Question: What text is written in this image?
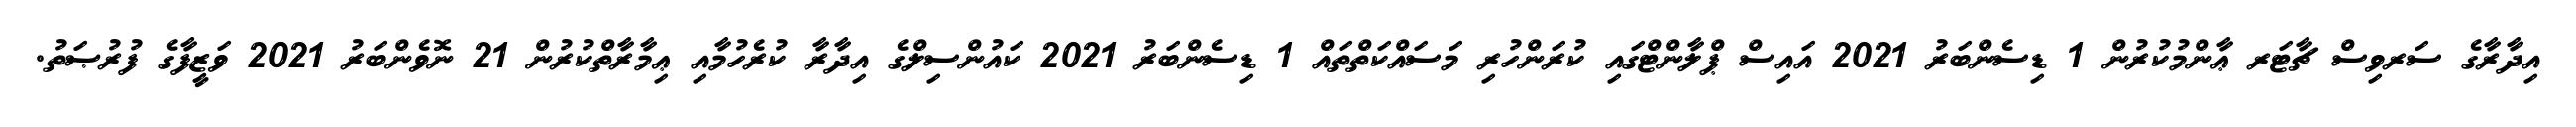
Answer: އިދާރާގެ ސަރވިސް ޗާޓަރ ޢާންމުކުރުން 1 ޑިސެންބަރު 2021 އައިސް ޕްލާންޓްގައި ކުރަންހުރި މަސައްކަތްތައް 1 ޑިސެންބަރު 2021 ކައުންސިލްގެ އިދާރާ ކުރެހުމާއި ޢިމާރާތްކުރުން 21 ނޮވެންބަރު 2021 ވަޒީފާގެ ފުރުޞަތު.